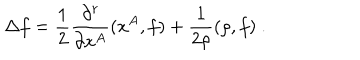
\Delta f = \frac { 1 } { 2 } \frac { \partial ^ { r } } { \partial x ^ { A } } ( x ^ { A } , f ) + \frac { 1 } { 2 \rho } ( \rho , f ) ~ .